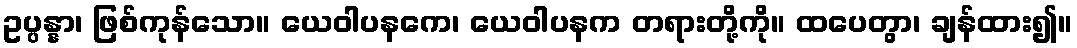
ဥပ္ပန္နာ၊ ဖြစ်ကုန်သော။ ယေဝါပနကေ၊ ယေဝါပနက တရားတို့ကို။ ထပေတွာ၊ ချန်ထား၍။